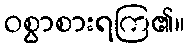
ဝစွာစားရကြ၏။